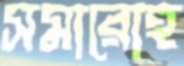
সমারোহ